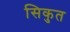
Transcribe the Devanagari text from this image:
सिकुत